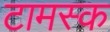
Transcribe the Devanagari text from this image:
टामस्क